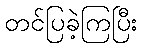
တင်ပြခဲ့ကြပြီး